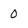
Character: 0